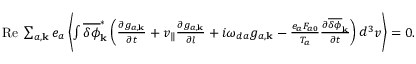
\begin{array} { r } { \mathrm { R e } \; \sum _ { a , { \bf k } } e _ { a } \left\langle \int \overline { { \delta \phi } } _ { \bf k } ^ { \ast } \left( \frac { \partial g _ { a , { \bf k } } } { \partial t } + v _ { \| } \frac { \partial g _ { a , { \bf k } } } { \partial l } + i \omega _ { d a } g _ { a , { \bf k } } - \frac { e _ { a } F _ { a 0 } } { T _ { a } } \frac { \partial \overline { { \delta \phi } } _ { \bf k } } { \partial t } \right) d ^ { 3 } v \right\rangle = 0 . } \end{array}